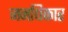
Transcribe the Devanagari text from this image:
जनधिकार